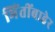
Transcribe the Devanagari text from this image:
भिंतींबाहेर